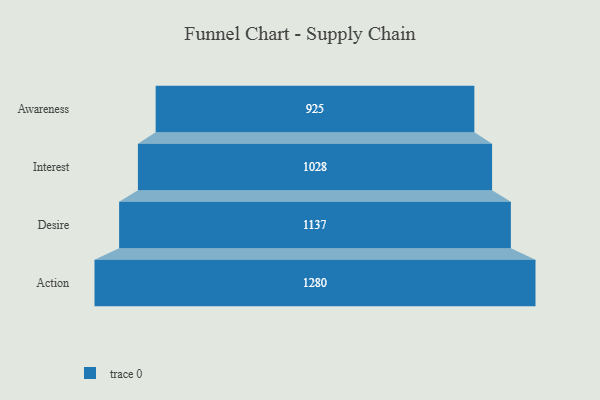
{"axis": {"x": "Stage", "y": "Value"}, "legend": [""], "data": [{"x": "Awareness", "y": 925.0, "type": ""}, {"x": "Interest", "y": 1028.0, "type": ""}, {"x": "Desire", "y": 1137.0, "type": ""}, {"x": "Action", "y": 1280.0, "type": ""}]}